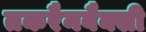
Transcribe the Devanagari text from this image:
तकरैनबैक्सी